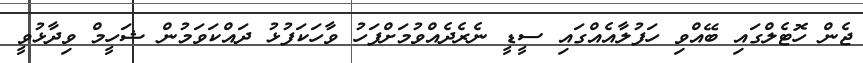
ޖެން ހޮޓެލްގައި ބޭއްވި ހަފުލާއެއްގައި ސީޑީ ނެރެދެއްވުމަށްފަހު ވާހަކަފުޅު ދައްކަވަމުން ޝަހީމް ވިދާޅުވީ